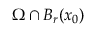
\Omega \cap B _ { r } ( x _ { 0 } )